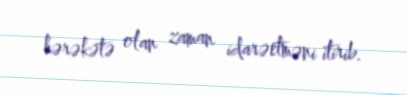
hərəkətə olan zaman idarəetməni itirib.